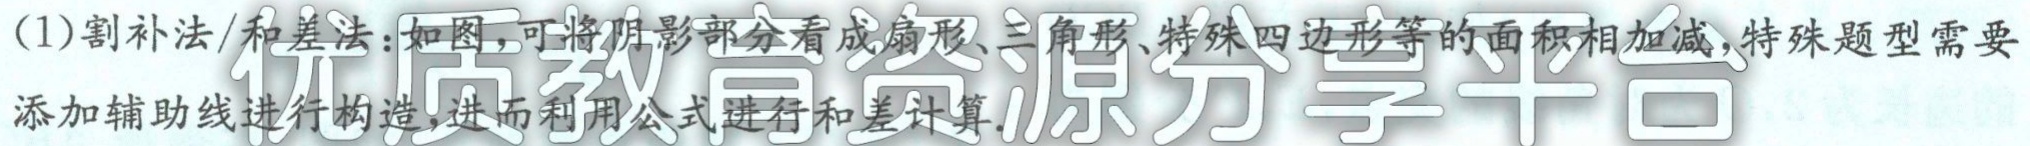
(1)割补法/和差法：如图，可将阴影部分看成扇形、三角形、特殊四边形等的面积相加减，特殊题型需要添加辅助线进行构造，进而利用公式进行和差计算.